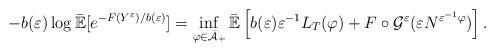
LaTeX: \begin{align*}-b(\varepsilon )\log \mathbb{\bar{E}}[e^{-F(Y^{\varepsilon })/b(\varepsilon)}]=\inf_{\varphi \in \bar{\mathcal{A}}_{+}}\mathbb{\bar{E}}\left[b(\varepsilon )\varepsilon ^{-1}L_{T}(\varphi )+F\circ \mathcal{G}^{\varepsilon }(\varepsilon N^{\varepsilon ^{-1}\varphi })\right] .\end{align*}